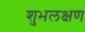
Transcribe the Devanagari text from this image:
शुभलक्षण